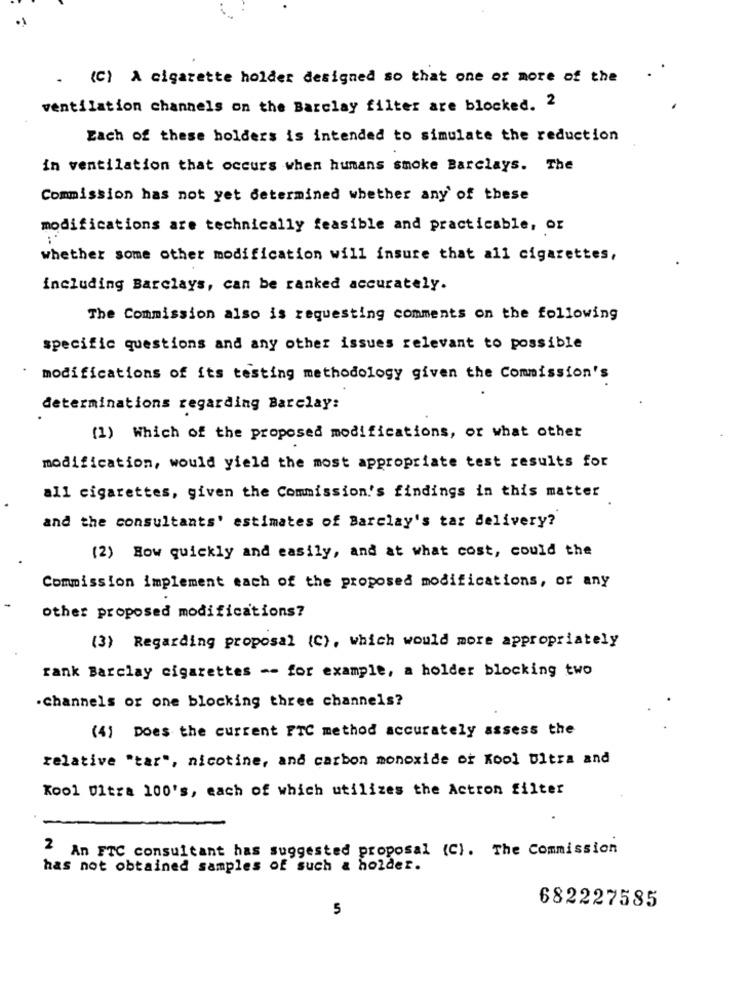
. (C) A cigarette holder designed so that one or more of the
ventilation channels on the Barclay filter are blocked. 2
Each of these holders is intended to simulate the reduction
in ventilation that occurs when humans smoke Barclays. The
Commission has not yet determined whether any of these
modifications are technically feasible and practicable, or
whether some other modification will insure that all cigarettes,
including Barclays, can be ranked accurately.
The Commission also is requesting comments on the following
specific questions and any other issues relevant to possible
modifications of its testing methodology given the Commission's
determinations regarding Barclay:
(1) Which of the proposed modifications, or what other
modification, would yield the most appropriate test results for
all cigarettes, given the Commission's findings in this matter
and the consultants' estimates of Barclay's tar delivery?
(2) How quickly and easily, and at what cost, could the
Commission implement each of the proposed modifications, or any
other proposed modifications?
(3) Regarding proposal (C), which would more appropriately
rank Barclay cigarettes -- for example, a holder blocking two
.Channels or one blocking three channels?
(4) Does the current PTC method accurately assess the
relative "tar", nicotine, and carbon monoxide of Kool Ultra and
Kool Ultra 100's, each of which utilizes the Actron filter
2 An FTC consultant has suggested proposal (C). The Commission
has not obtained samples of such & holder.
5
682227585